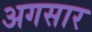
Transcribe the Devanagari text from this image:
अगसार